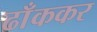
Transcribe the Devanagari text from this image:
ढाँककर